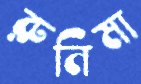
রুনিমা